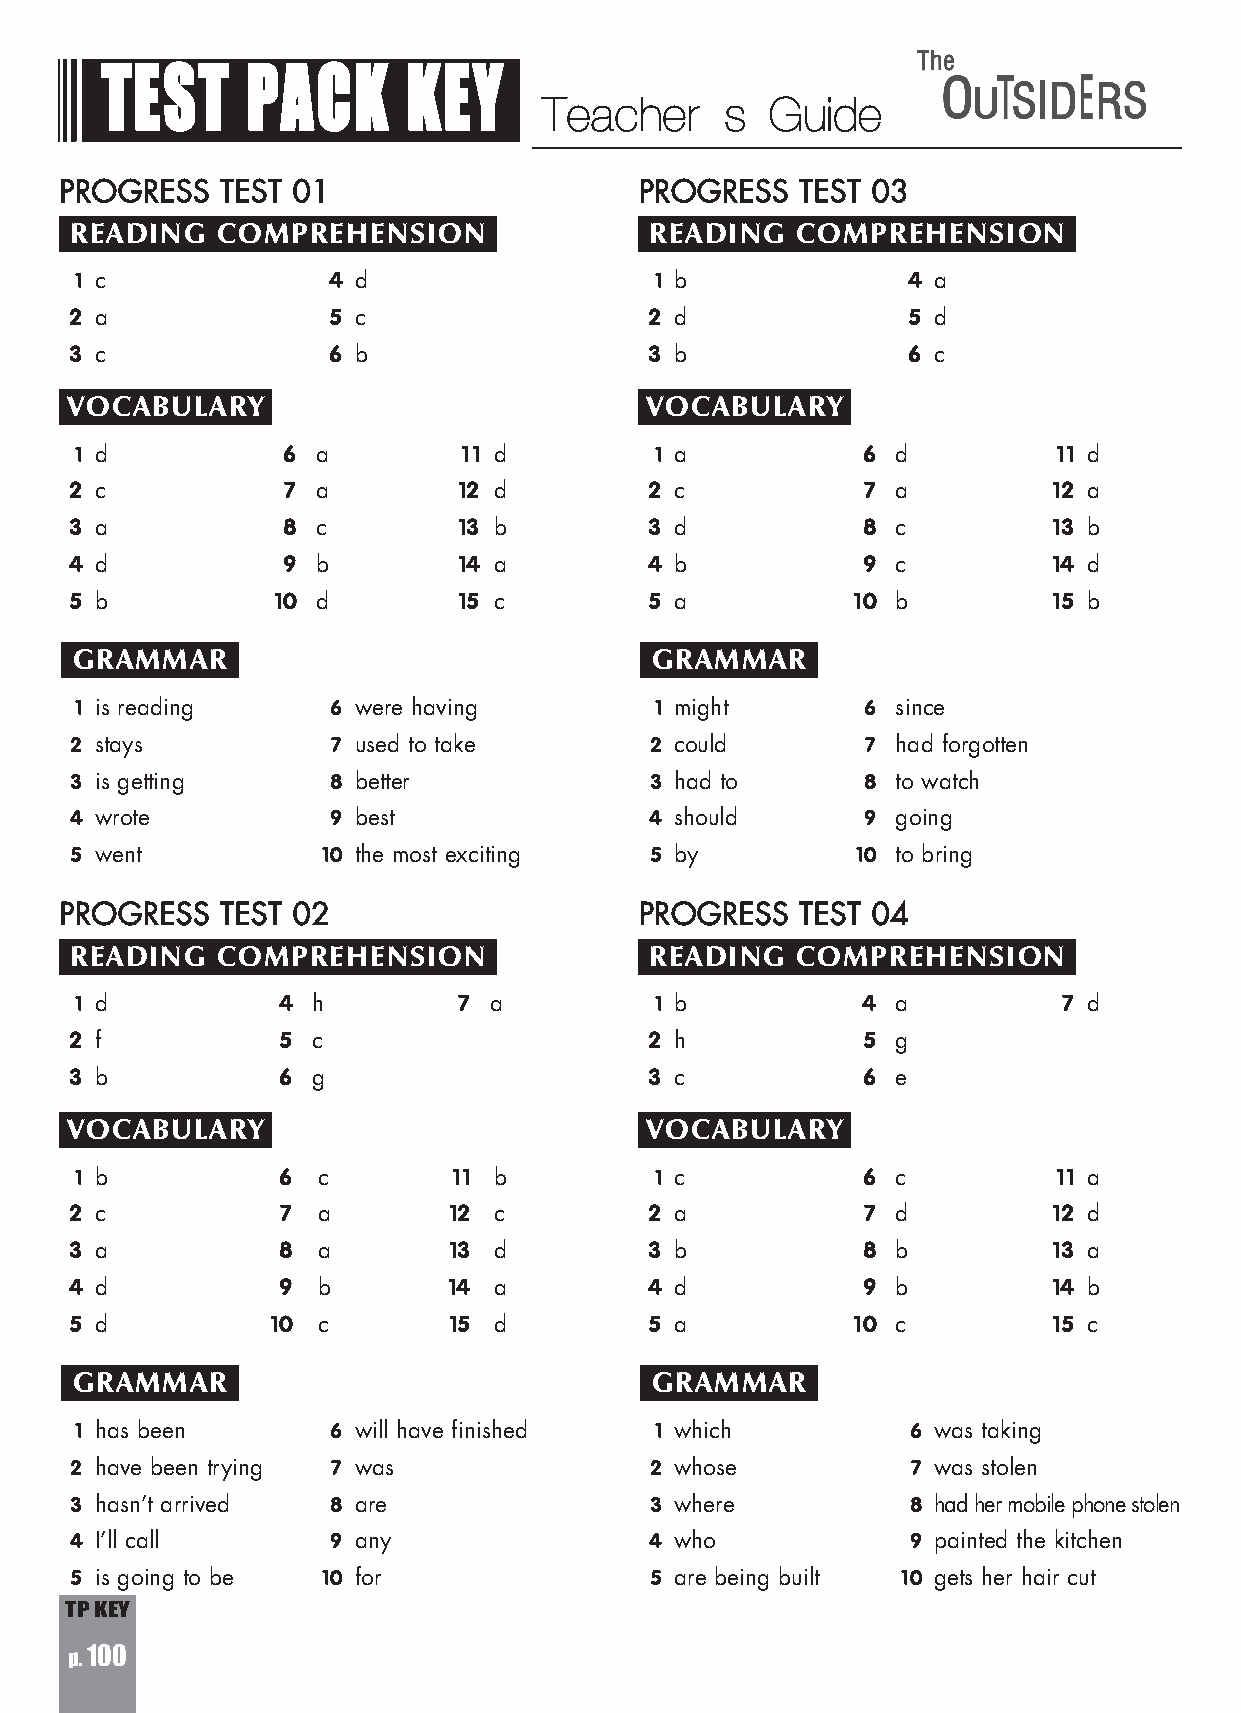
TEST     PACK       KEY
 Teacherãs      Guide
 PROGRESS   TEST 01                    PROGRESS   TEST 03
 READING  COMPREHENSION                READING   COMPREHENSION
 c                d                     b                a
 1                4                    1                4
 a                c                     d                d
 2                5                    2                5
 c                b                     b                c
 3                6                    3                6
 VOCABULARY                             VOCABULARY
 d              a           d           a             d            d
 1             6          11           1             6            11
 c              a           d           c             a            a
 2             7          12           2             7           12
 a              c           b           d             c            b
 3             8          13           3             8           13
 d              b           a           b             c            d
 4             9          14           4             9           14
 b              d           c           a             b            b
 5            10          15           5            10           15
 GRAMMAR                               GRAMMAR
 is reading       were having           might         since
 1                6                    1             6
 stays            used to take          could         had forgotten
 2                7                    2             7
 is getting       better                had to        to watch
 3                8                    3             8
 wrote            best                  should        going
 4                9                    4             9
 went             the most exciting     by            to bring
 5               10                    5            10
 PROGRESS   TEST 02                    PROGRESS   TEST 04
 READING  COMPREHENSION                READING   COMPREHENSION
 d              h          a            b             a            d
 1            4           7            1             4            7
 f              c                       h             g
 2            5                        2             5
 b              g                       c             e
 3            6                        3             6
 VOCABULARY                             VOCABULARY
 b              c           b           c             c            a
 1            6           11           1             6            11
 c              a           c           a             d            d
 2            7           12           2             7           12
 a              a           d           b             b            a
 3            8           13           3             8           13
 d              b           a           d             b            b
 4            9           14           4             9           14
 d              c           d           a             c            c
 5            10          15           5            10           15
 GRAMMAR                               GRAMMAR
 has been         will have finished    which            was taking
 1                6                    1                6
 have been trying was                   whose            was stolen
 2                7                    2                7
 hasn’t arrived   are                   where            had her mobile phone stolen
 3                8                    3                8
 I’ll call        any                   who              painted the kitchen
 4                9                    4                9
 is going to be   for                   are being built  gets her hair cut
 5               10                    5               10
 TP KEY
 p. 100